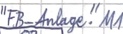
Text: "FB_Anlage".M1